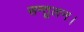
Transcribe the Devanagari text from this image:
सन्तुलन।